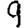
Digit: 9